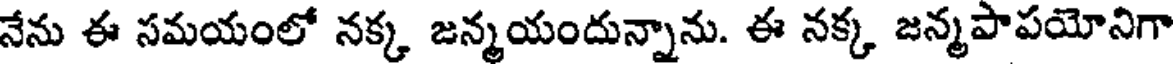
నేను ఈ సమయంలో నక్క జన్మయందున్నాను. ఈ నక్క జన్మపాపయోనిగా